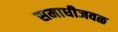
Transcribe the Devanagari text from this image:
समाधीजवळ